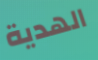
الهدية